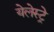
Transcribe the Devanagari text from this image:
येलेस्ट्रे